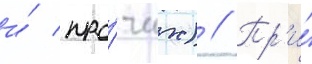
и́ про́чих) // Пр'и́